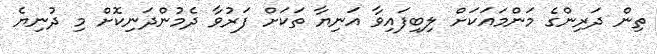
ތިން ދަރިންގެ މަންމައަކަށް ލިބިފައިވާ އަނިޔާ ތަކަށް ފަރުވާ ދެމުންދަނިކޮށް މި ދުނިޔެ